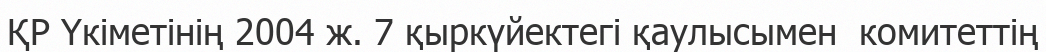
ҚР Үкіметінің 2004 ж. 7 қыркүйектегі қаулысымен  комитеттің